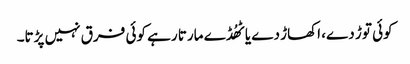
کوئی توڑ دے، اکھاڑ دے یا ٹھُڈے مارتا رہے کوئی فرق نہیں پڑتا۔